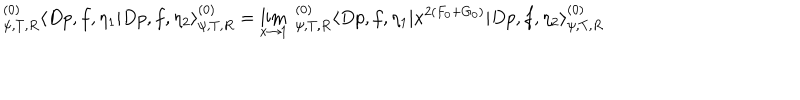
LaTeX: ^ { ( 0 ) } _ { \psi , T , R } \langle D p , f , \eta _ { 1 } | D p , f , \eta _ { 2 } \rangle _ { \psi , T , R } ^ { ( 0 ) } = \lim _ { x \to 1 } \; _ { \psi , T , R } ^ { ( 0 ) } \langle D p , f , \eta _ { 1 } | x ^ { 2 ( F _ { 0 } + G _ { 0 } ) } | D p , f , \eta _ { 2 } \rangle _ { \psi , T , R } ^ { ( 0 ) }